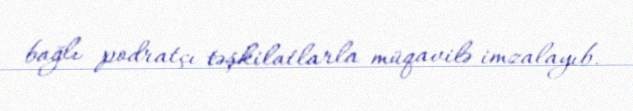
bağlı podratçı təşkilatlarla müqavilə imzalayıb.